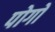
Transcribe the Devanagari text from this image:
पोगों